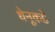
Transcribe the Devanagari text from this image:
धेनूकडे